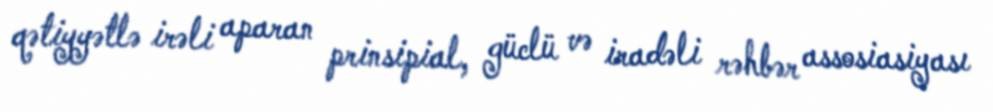
qətiyyətlə irəli aparan prinsipial, güclü və iradəli rəhbər assosiasiyası